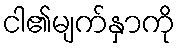
ငါ၏မျက်နှာကို